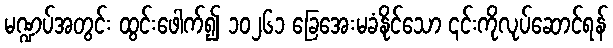
မဏ္ဍပ်အတွင်း ထွင်းဖေါက်၍ ၁၀၂၆၁ ခြေအေးမခံနိုင်သော ၎င်းကိုလုပ်ဆောင်ရန်